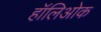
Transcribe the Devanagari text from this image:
हॉलिओक